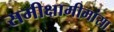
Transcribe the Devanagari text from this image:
समीक्षामीमांसा